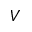
V